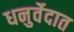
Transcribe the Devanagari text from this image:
धनुर्वेदात